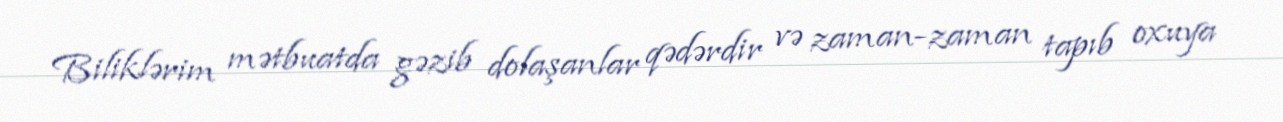
Biliklərim mətbuatda gəzib dolaşanlar qədərdir və zaman-zaman tapıb oxuya